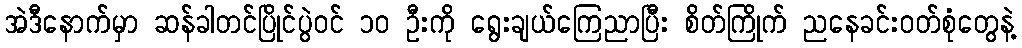
အဲဒီနောက်မှာ ဆန်ခါတင်ပြိုင်ပွဲဝင် ၁ဝ ဦးကို ရွေးချယ်ကြေညာပြီး စိတ်ကြိုက် ညနေခင်းဝတ်စုံတွေနဲ့